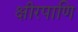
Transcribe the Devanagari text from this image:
क्षीरपाणि